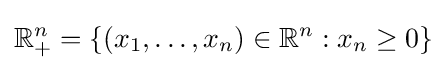
\mathbb {R} _{+}^{n}=\{(x_{1},\ldots ,x_{n})\in \mathbb {R} ^{n}:x_{n}\geq 0\}